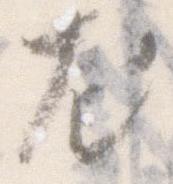
尤